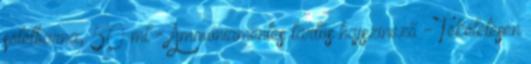
sötétbarna, 50 ml - Ammóniamentes tartós hajszinező - Tökéletesen